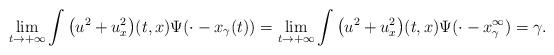
LaTeX: \begin{align*}\lim_{t\to+\infty}\int\big(u^2+u_x^2\big)(t,x)\Psi(\cdot-x_\gamma(t))=\lim_{t\to+\infty}\int \big(u^2+u_x^2\big)(t,x)\Psi(\cdot-x_\gamma^\infty)=\gamma.\end{align*}